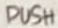
Text: PUSH